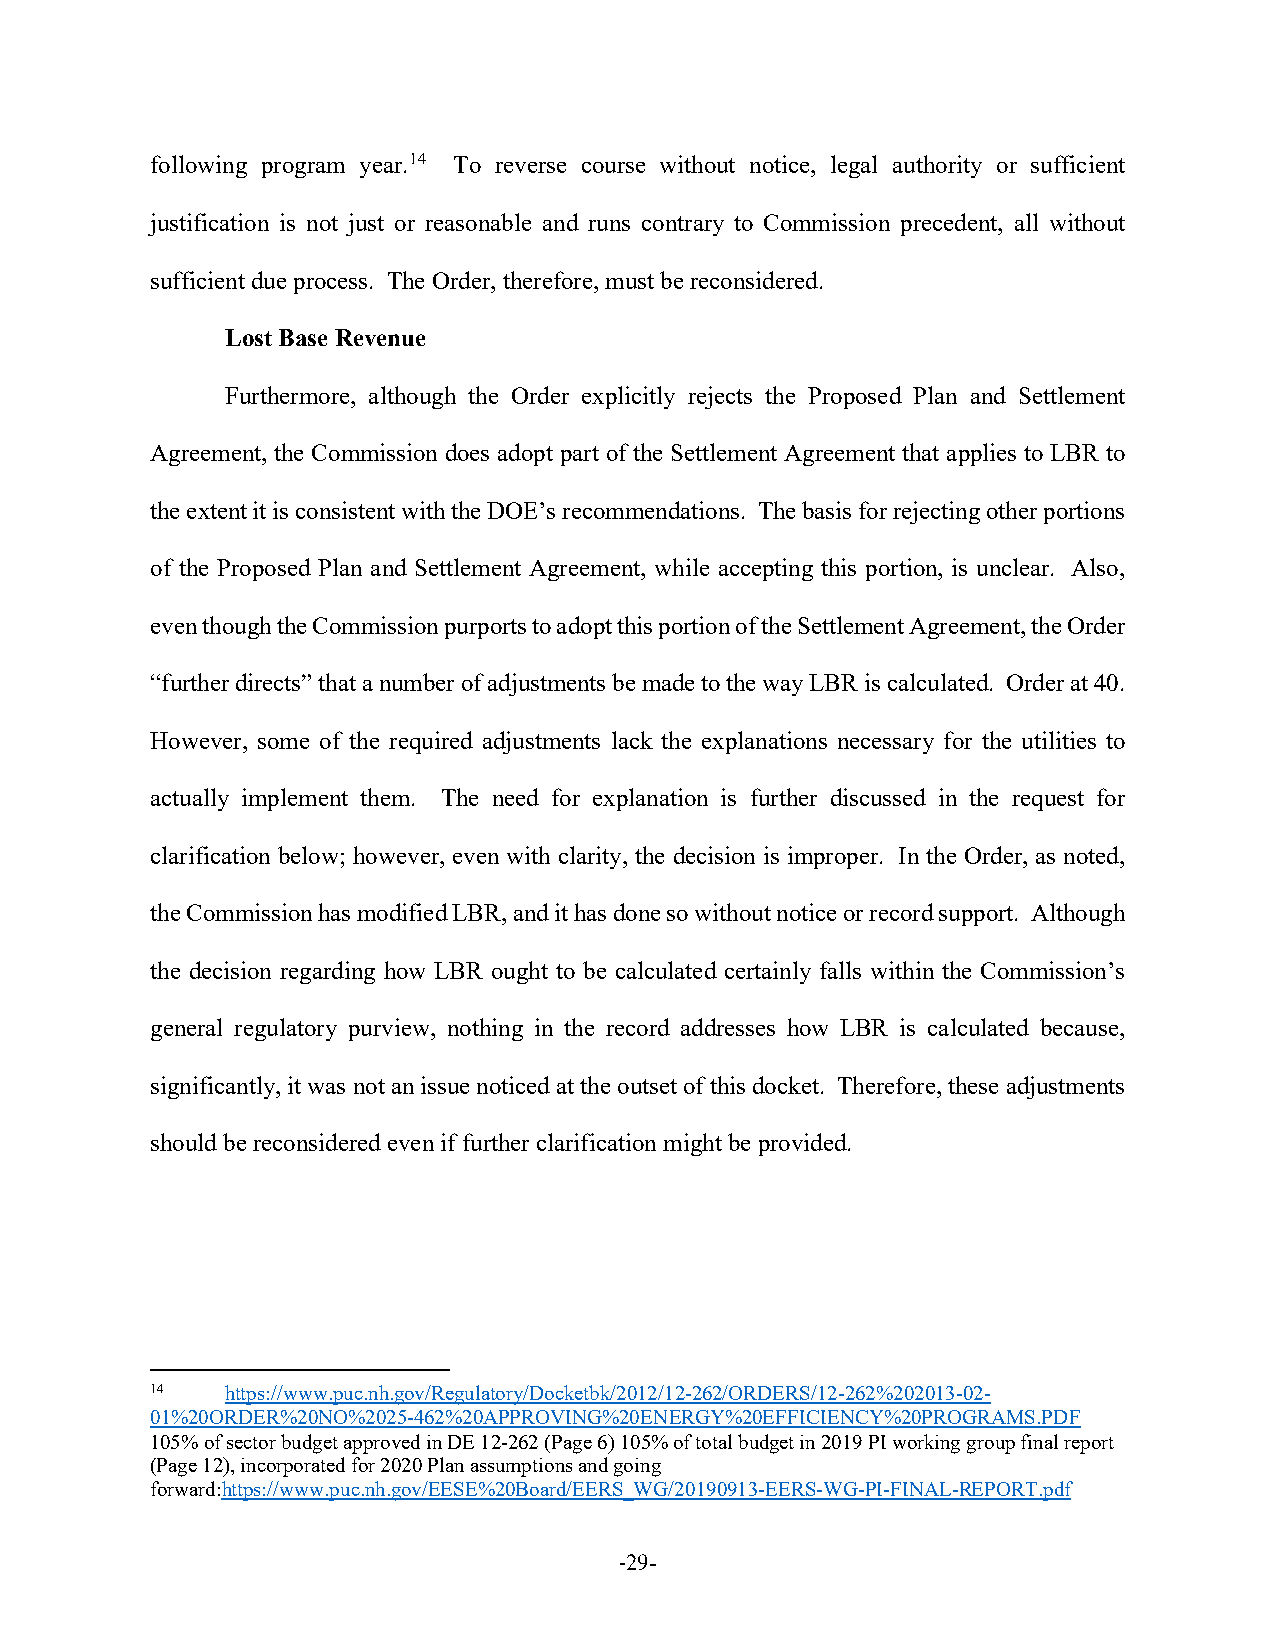
following program year.14 To reverse course without notice, legal authority or sufficient
 justification is not just or reasonable and runs contrary to Commission precedent, all without
 sufficient due process. The Order, therefore, must be reconsidered.
 Lost Base Revenue
 Furthermore, although the Order explicitly rejects the Proposed Plan and Settlement
 Agreement, the Commission does adopt part of the Settlement Agreement that applies to LBR to
 the extent it is consistent with the DOE’s recommendations. The basis for rejecting other portions
 of the Proposed Plan and Settlement Agreement, while accepting this portion, is unclear. Also,
 even though the Commission purports to adopt this portion of the Settlement Agreement, the Order
 “further directs” that a number of adjustments be made to the way LBR is calculated. Order at 40.
 However, some of the required adjustments lack the explanations necessary for the utilities to
 actually implement them. The need for explanation is further discussed in the request for
 clarification below; however, even with clarity, the decision is improper. In the Order, as noted,
 the Commission has modified LBR, and it has done so without notice or record support. Although
 the decision regarding how LBR ought to be calculated certainly falls within the Commission’s
 general regulatory purview, nothing in the record addresses how LBR is calculated because,
 significantly, it was not an issue noticed at the outset of this docket. Therefore, these adjustments
 should be reconsidered even if further clarification might be provided.
 14   https://www.puc.nh.gov/Regulatory/Docketbk/2012/12-262/ORDERS/12-262%202013-02-
 01%20ORDER%20NO%2025-462%20APPROVING%20ENERGY%20EFFICIENCY%20PROGRAMS.PDF
 105% of sector budget approved in DE 12-262 (Page 6) 105% of total budget in 2019 PI working group final report
 (Page 12), incorporated for 2020 Plan assumptions and going
 forward:https://www.puc.nh.gov/EESE%20Board/EERS_WG/20190913-EERS-WG-PI-FINAL-REPORT.pdf
 -29-